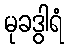
မုခဒွါရံ